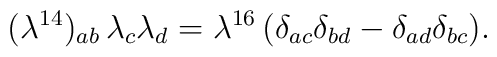
{ (\lambda^{14})_{ab}\, \lambda_c \lambda_d =\lambda^{16}\, (\delta_{ac}\delta_{bd} - \delta_{ad} \delta_{bc}).}